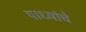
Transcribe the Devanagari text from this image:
पाध्यांचे